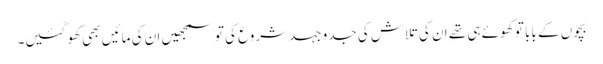
بچوں کے بابا تو کھوئے ہی تھے ان کی تلاش کی جدوجہد شروع کی تو سمجھیں ان کی مائیں بھی کھو گئیں۔